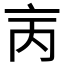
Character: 𠅈